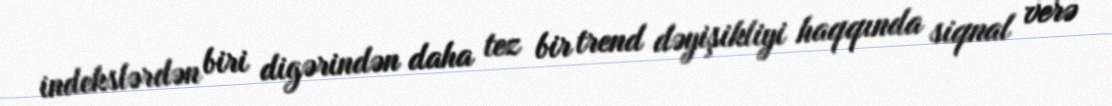
indekslərdən biri digərindən daha tez bir trend dəyişikliyi haqqında siqnal verə